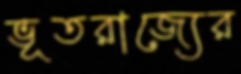
ভূতরাজ্যের